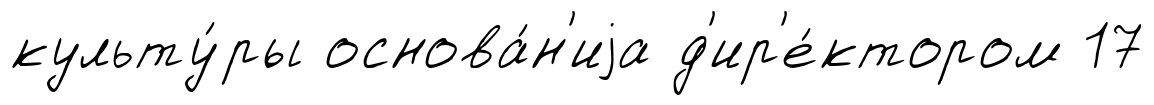
культу́ры основа́н'иjа д'ир'е́ктором 17